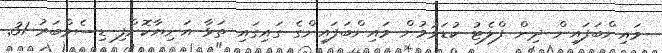
މައިންބަފައިން ދިން ފްލެޓު ކުޑަވުމުން މައިންބަފައިންގެ ގައިގައި ތަޅާ އަނިޔާކޮށްފި ޑިސެމްބަރު 31